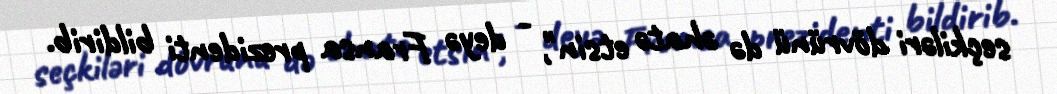
seçkiləri dövrünü də əhatə etsin", - deyə Fransa prezidenti bildirib.